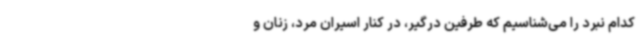
کدام نبرد را می‌شناسیم که طرفین درگیر، در کنار اسیران مرد، زنان و